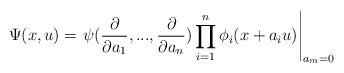
LaTeX: \begin{align*}\Psi(x,u) = \left.\psi(\frac{\partial}{\partial a_1},...,\frac{\partial}{\partial a_n})\prod_{i=1}^n \phi_i(x + a_i u) \right|_{a_m = 0}\end{align*}